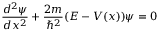
\frac { d ^ { 2 } \psi } { d x ^ { 2 } } + \frac { 2 m } { \hbar ^ { 2 } } ( E - V ( x ) ) \psi = 0